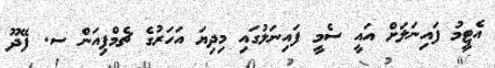
އެޓީމު ފައިނަލަށް އައީ ސެމީ ފައިނަލުގައި މިދިޔަ އަހަރުގެ ޗެމްޕިއަން ސ. ފޭދޫ